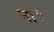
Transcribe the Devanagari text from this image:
ना॥